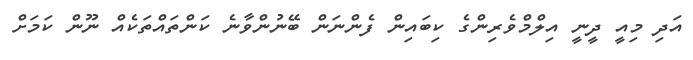
އަދި މިއީ ދީނީ އިލްމްވެރިންގެ ކިބައިން ފެންނަން ބޭނުންވާނެ ކަންތައްތަކެއް ނޫން ކަމަށް